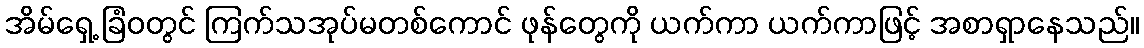
အိမ်ရှေ့ ခြံဝတွင် ကြက်သအုပ်မတစ်ကောင် ဖုန်တွေကို ယက်ကာ ယက်ကာဖြင့် အစာရှာနေသည်။